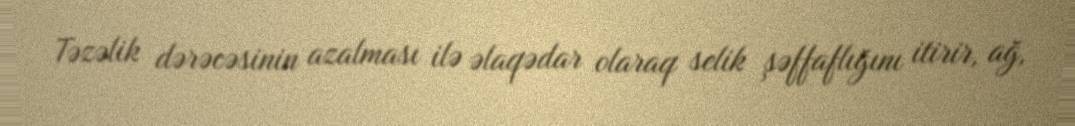
Təzəlik dərəcəsinin azalması ilə əlaqədar olaraq selik şəffaflığını itirir, ağ,